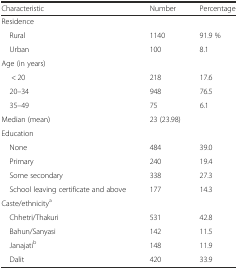
<table><thead><tr><td><b>Characteristic</b></td><td><b>Number</b></td><td><b>Percentage</b></td></tr></thead><tbody><tr><td colspan="3">Residence</td></tr><tr><td> Rural</td><td>1140</td><td>91.9 %</td></tr><tr><td> Urban</td><td>100</td><td>8.1</td></tr><tr><td colspan="3">Age (in years)</td></tr><tr><td>&lt; 20</td><td>218</td><td>17.6</td></tr><tr><td> 20–34</td><td>948</td><td>76.5</td></tr><tr><td> 35–49</td><td>75</td><td>6.1</td></tr><tr><td>Median (mean)</td><td colspan="2">23 (23.98)</td></tr><tr><td colspan="3">Education</td></tr><tr><td> None</td><td>484</td><td>39.0</td></tr><tr><td> Primary</td><td>240</td><td>19.4</td></tr><tr><td> Some secondary</td><td>338</td><td>27.3</td></tr><tr><td> School leaving certificate and above</td><td>177</td><td>14.3</td></tr><tr><td colspan="3">Caste/ethnicity<sup>a</sup></td></tr><tr><td> Chhetri/Thakuri</td><td>531</td><td>42.8</td></tr><tr><td> Bahun/Sanyasi</td><td>142</td><td>11.5</td></tr><tr><td> Janajati<sup>b</sup></td><td>148</td><td>11.9</td></tr><tr><td> Dalit</td><td>420</td><td>33.9</td></tr></tbody></table>